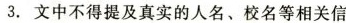
3.文中不得提及真实的人名、校名等相关信